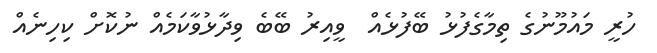
ހުރީ މައުމޫނުގެ ތިމާގެފުޅު ބޭފުޅެއް  ވީއިރު ބޭބެ ވިދާޅުވާކަމެއް ނުކޮށް ކިހިނެއް